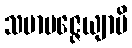
သမာပဇ္ဇေယျာပိ